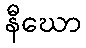
နီဃော